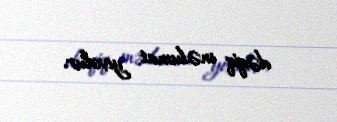
dəqiq məlumat yoxdur.